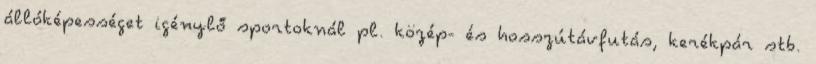
állóképességet igénylő sportoknál pl. közép- és hosszútávfutás, kerékpár stb.